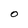
Character: O